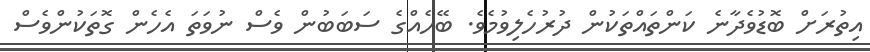
އިތުރަށް ބޮޑުވެދާނެ ކަންތައްތަކުން ދުރުހެލިވުމެވެ. ބޭހެއްގެ ސަބަބުން ވެސް ނުވަތަ އެހެން ގޮތަކުންވެސް